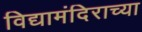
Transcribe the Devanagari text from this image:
विद्यामंदिराच्या